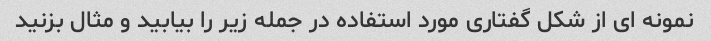
نمونه ای از شکل گفتاری مورد استفاده در جمله زیر را بیابید و مثال بزنید